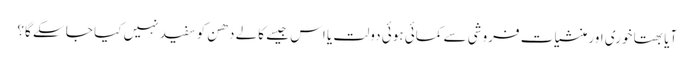
آیا بھتا خوری اور منشیات فروشی سے کمائی ہوئی دولت یا اس جیسے کالے دھن کو سفید نہیں کیا جا سکے گا؟